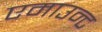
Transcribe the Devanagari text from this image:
एमाउन्ट